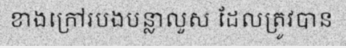
ខាងក្រៅរបងបន្លាលួស ដែលត្រូវបាន